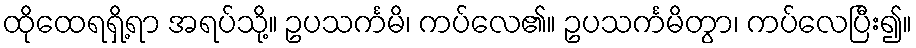
ထိုထေရရှိ့ရာ အရပ်သို့။ ဥပသင်္ကမိ၊ ကပ်လေ၏။ ဥပသင်္ကမိတွာ၊ ကပ်လေပြီး၍။